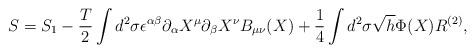
LaTeX: \begin{align*}S=S_1 - \frac {T}{2} \int d^2\sigma \epsilon^{\alpha \beta}\partial_{\alpha} X^{\mu} \partial_{\beta} X^{\nu} B_{\mu \nu}(X)+ \frac {1}{4} \int d^2 \sigma \sqrt{h} \Phi(X) R^{(2)},\end{align*}